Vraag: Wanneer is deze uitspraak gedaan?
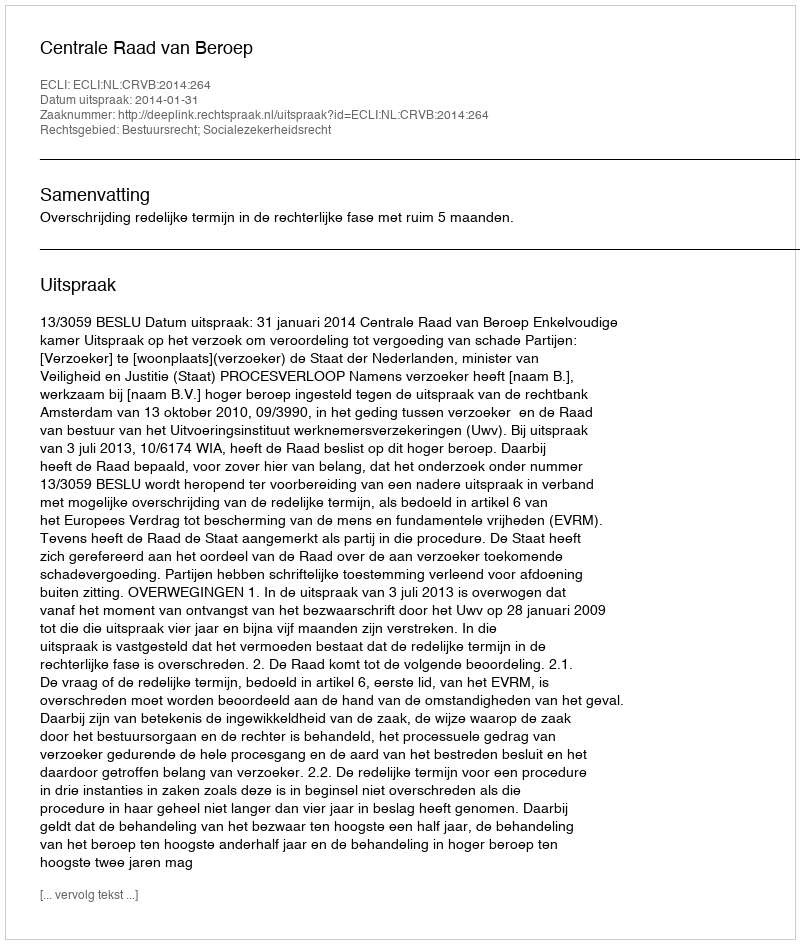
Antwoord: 2014-01-31